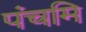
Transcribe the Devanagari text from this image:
पंचमि